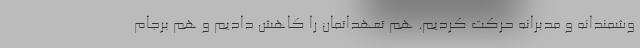
وشمندانه و مدبرانه حرکت کردیم. هم تعهداتمان را کاهش دادیم و هم برجام